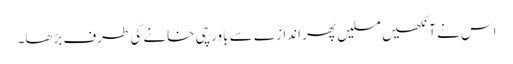
اس نے آنکھیں مسلیں پھر اندازے سے باورچی خانے کی طرف بڑھا۔